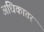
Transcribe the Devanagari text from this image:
अधिकातर